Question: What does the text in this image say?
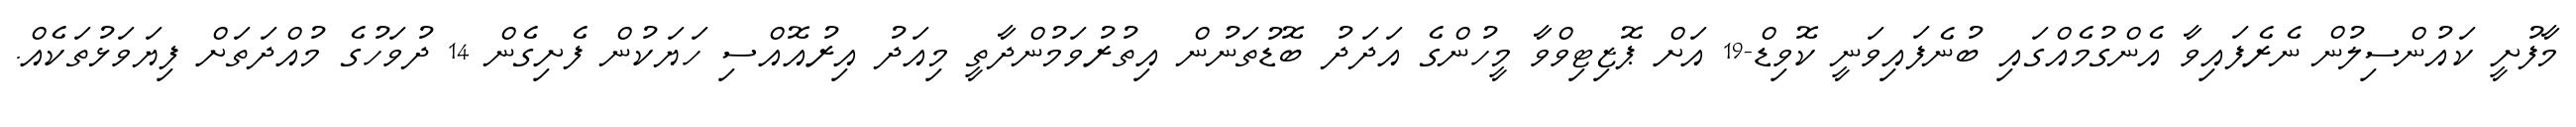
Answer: މާފުށީ ކައުންސިލުން ނެރެފައިވާ އެންގުމެއްގައި ބުނެފައިވަނީ ކޮވިޑް-19 އަށް ޕޮޒިޓިވްވާ މީހުންގެ އަދަދު ބޮޑުތަނުން އިތުރުވަމުންދާތީ މިއަދު އިރުއޮއްސި ހަޔަކުން ފެށިގެން 14 ދުވަހުގެ މުއްދަތަށް ފިޔަވަޅުތަކެއް.